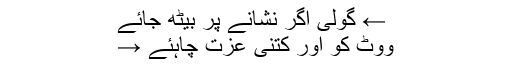
← گولی اگر نشانے پر بیٹھ جائے
ووٹ کو اور کتنی عزت چاہئے →